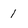
Character: 1